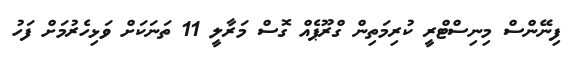
ފިނޭންސް މިނިސްޓްރީ ކުރިމަތިން ގްރޫޕެއް ގޮސް މަރާލީ 11 ތަނަކަށް ވަޅިހެރުމަށް ފަހު